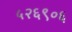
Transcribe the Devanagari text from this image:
५२६९०६